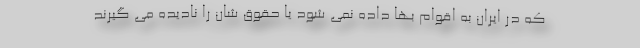
که در ایران به اقوام بها داده نمی شود یا حقوق شان را نادیده می گیرند